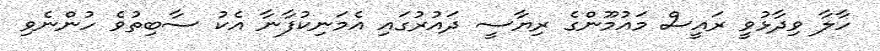
ހާލާ ވިދާޅުވީ ރައީސް މައުމޫންގެ ރިޔާސީ ދައުރުގައި އެމަނިކުފާނާ އެކު ސާބިތުވެ ހުންނެވި